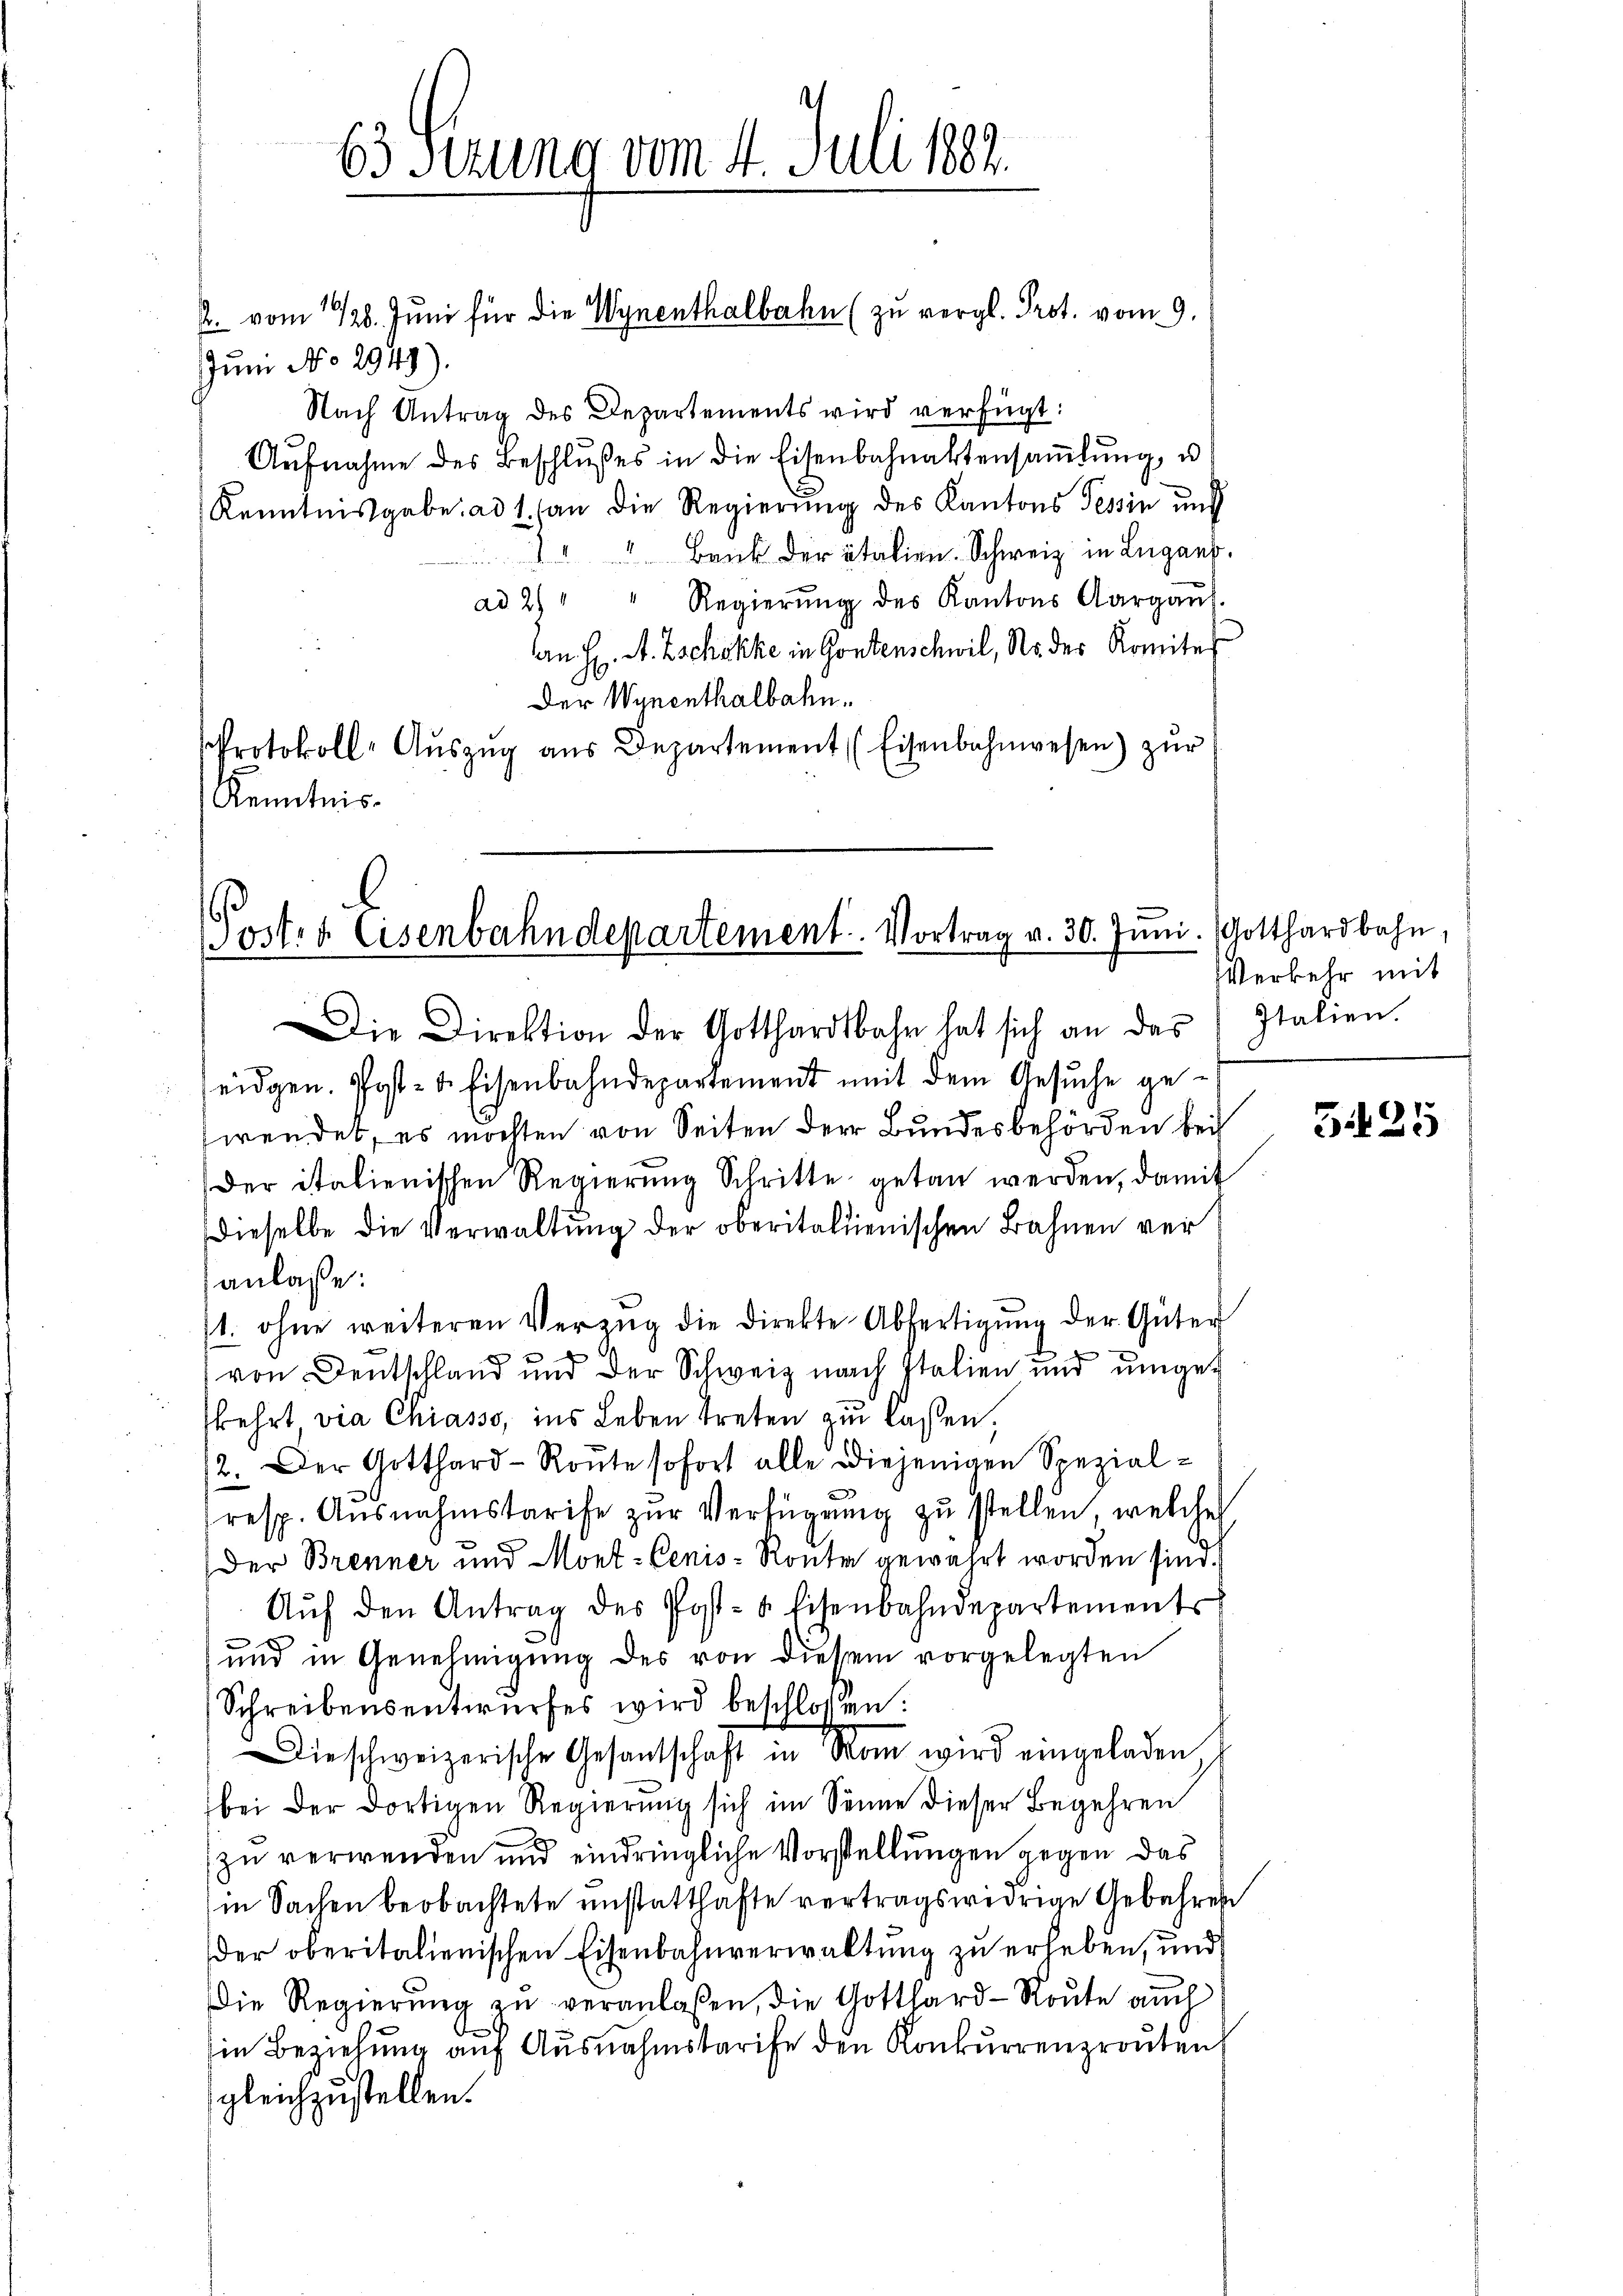
Jum No 2949).
Nach Antrag des Departements wird verfügt:
Aŭfnahme des Beschlŭβes in die Eisenbahnaktersaṁlŭng, u
Kenntnisgabe ad 1. (an die Regierung des Kantons Tessin und
 " " Bank der italien. Schweiz in Lugano.
ad 2) " " Regierŭng des Kantons Aargaŭf
an H. A. Zschokke in Gontenschwil, Ns. der Komites
Der Wynenthalbahn.
Protokoll-Aŭszŭg aŭs Departement (Eisenbahnwesen) zŭr
Kenntnis

J. vom 1928. Juni für die Wynenthalbahn (zu vergl. Prot. vom 9.

Post- & Eisenbahndepartement. Vortrag v. 30. Juni. Gotthardbahn,

63 Sezung vom 4. Juli 1882.

Die Direktion der Gotthardbahr hat sich an das Italien.
eidgen. Post- u. Eisenbahndepartement mit dem Gesuche gewendet, es möchten von Seiten der Bundesbehörden bei
Der italienischen Regierŭng Schritte getan werden, damit
dieselbe die Verwaltung der oberitalienischen Bahnen veranlaße:
1. ohne weiteren Verzŭg die Direkte Abfertigŭng der Güter
von Deutschland und der Schweiz nach Italien und umget
skehrt vie Chiasso, ins Leben treten zu lassen,
2. Der Gotthard-Roŭte sofort alle diejenigen Spezial-
resp. Ausnahmstarife zŭr Verfügung zu stellen, welche
Der Brenner und Mont-Cenis-Ronte gewährt worden sind.
Aŭf den Antrag des Post- & Eisenbahndepartements
und in Genehmigŭng des von diesem vorgelegten
Schreibensentwŭrfes wird beschlossen:
Dieschweizerische Gesantschaft in Man wird eingeladen
bei der dortigen Regierung sich im Senne dieser Begehren
zu verwenden und eindringliche Vorstellungen gegen das
in Sachen beobachtete unstatthafte vertragswidrige Gebühren
der oberitalienischen Eisenbahnverwaltung zu erheben, und
die Regierung zu veranlaßen, die Gotthard-Route auch
in Beziehung auf Ausnahmskarife den Konkurrenzrouten
gleichzustellen.

Verkehr mit

5425